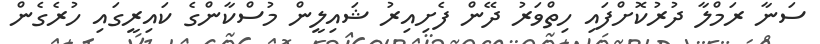
ސަނާ ރަމްލާ ދުރުކޮށްފައި ހިތްވަރު ދޭން ފެށިއިރު ޝައިލީން މުސްކާންގެ ކައިރީގައި ހުރެގެން